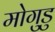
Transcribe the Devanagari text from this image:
मोगुडु